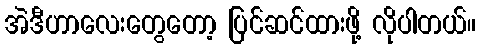
အဲဒီဟာလေးတွေတော့ ပြင်ဆင်ထားဖို့ လိုပါတယ်။